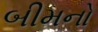
બીમનો